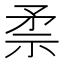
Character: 𱳛